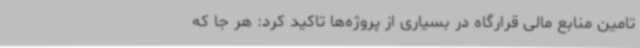
تامین منابع مالی قرارگاه در بسیاری از پروژه‌ها تاکید کرد: هر جا که